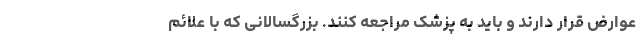
عوارض قرار دارند و باید به پزشک مراجعه کنند. بزرگسالانی که با علائم